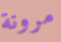
مرونة